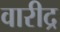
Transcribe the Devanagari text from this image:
वारीद्र